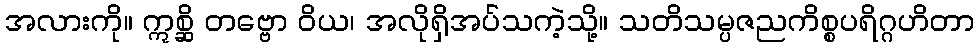
အလားကို။ ဣစ္ဆိ တဗ္ဗော ဝိယ၊ အလိုရှိအပ်သကဲ့သို့။ သတိသမ္ပဇညကိစ္စပရိဂ္ဂဟိတာ